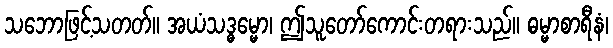
သဘောဖြင့်သတတ်။ အယံသဒ္ဓမ္မော၊ ဤသူတော်ကောင်းတရားသည်။ ဓမ္မာစာရီနံ၊